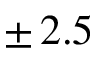
\pm \, 2 . 5